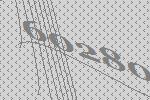
60280